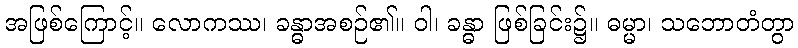
အဖြစ်ကြောင့်။ လောကဿ၊ ခန္ဓာအစဉ်၏။ ဝါ၊ ခန္ဓာ ဖြစ်ခြင်း၌။ ဓမ္မာ၊ သဘောတံတွာ